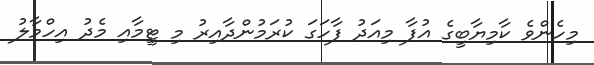
މިހެންވެ ކާމިޔާބީގެ އުފާ މިއަދު ފާހަގަ ކުރަމުންދާއިރު މި ޓީމާއި މެދު އިހްމާލު